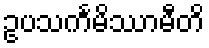
ဥပသင်္ကမိဿာမီတိ